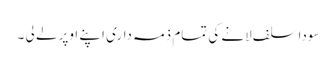
سودا سلف لانے کی تمام ذمہ داری اپنے اوپر لے لی ۔